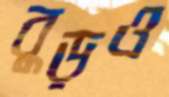
বুড়ও